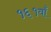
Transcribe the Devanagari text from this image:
१६१वाँ